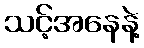
သင့်အနေနဲ့